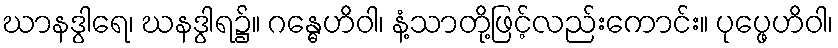
ဃာနဒွါရေ၊ ဃနဒွါရ၌။ ဂန္ဓေဟိဝါ၊ နံ့သာတို့ဖြင့်လည်းကောင်း။ ပုပ္ဖေဟိဝါ၊